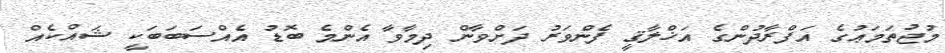
މުޖުތަމަޢުގެ އަފްރާދުންގެ އަޚްލާޤީ ފެންވަރު ދަށްވާން ދިމާވާ އެންމެ ބޮޑު އެއްސަބަބަކީ ޝައްކެއް